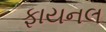
ફાયનલ